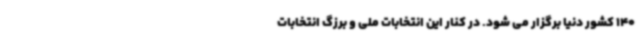
140 کشور دنیا برگزار می شود. در کنار این انتخابات ملی و برزگ انتخابات